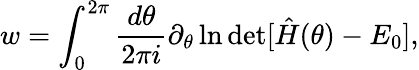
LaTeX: w=\int_{0}^{2\pi}\frac{d\theta}{2\pi i}\partial_{\theta}\ln\operatorname*{det}[\hat{H}(\theta)-E_{0}],